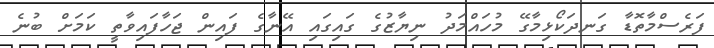
ފަރެސްމާތޮޑާ ގަނދަކޯޅިމާގޭ މުހައްމަދު ނިޔާޒުގެ ގައިގައި އޭނާގެ ފައިން ޖަހާފައިވާތީ ކަމަށް ބުނެ